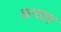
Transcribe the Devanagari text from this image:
करयाय